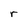
Character: r